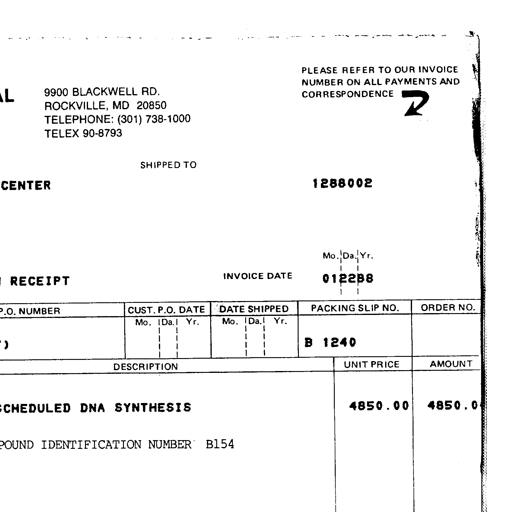
9900 BLACKWELL RD.
ROCKVILLE, MD 20850
TELEPHONE: (301) 738-1000
TELEX 90-8793
PLEASE REFER TO OUR INVOICE
NUMBER ON ALL PAYMENTS AND
CORRESPONDENCE
SHIPPED TO
1288002
RECEIPT
INVOICE DATE
Mo.|Da.|Yr.
012288
P.O. NUMBER
CUST. P.O. DATE
Mo. |Da.| Yr.
DATE SHIPPED
Mo. |Da.| Yr.
PACKING SLIP NO.
ORDER NO.
B 1240
DESCRIPTION
UNIT PRICE
AMOUNT
DNA SYNTHESIS
4850.00
4850.0
IDENTIFICATION NUMBER B154